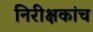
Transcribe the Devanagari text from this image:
निरीक्षकांच